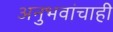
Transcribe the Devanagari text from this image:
अनुभवांचाही